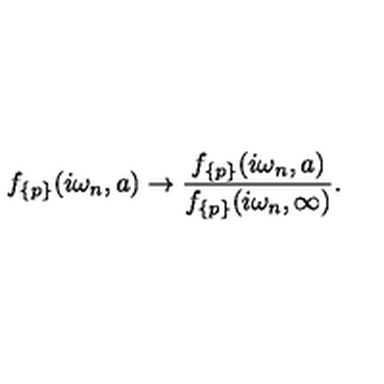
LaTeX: f _ { \{ p \} } ( i \omega _ { n } , a ) \to \frac { f _ { \{ p \} } ( i \omega _ { n } , a ) } { f _ { \{ p \} } ( i \omega _ { n } , \infty ) } { . }